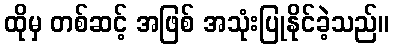
ထိုမှ တစ်ဆင့် အဖြစ် အသုံးပြုနိုင်ခဲ့သည်။